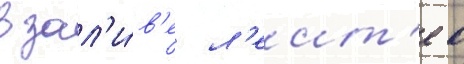
в зал'и́в'е л'еит'е в